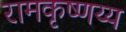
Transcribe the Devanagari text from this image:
रामकृष्णय्य